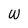
Character: w